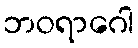
ဘဝရာဂေါ